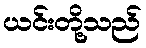
ယင်းတို့သည်